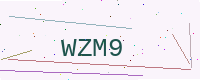
Text: WZM9